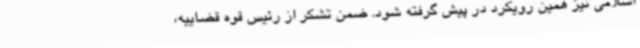
اسلامی نیز همین رویکرد در پیش گرفته شود. ضمن تشکر از رئیس قوه قضاییه،